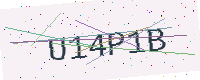
Text: U14P1B